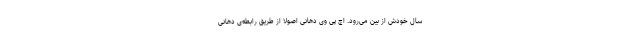
سال خودش از بین می‌رود. اچ ­پی ­وی دهانی اصولاً از طریق رابطه­ی دهانی